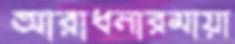
আরাধনারমায়া